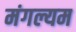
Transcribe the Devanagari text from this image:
मंगल्यम